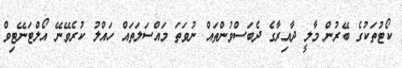
ކޯޓުތަކުގެ ބޭރުން މާލީ ދާއިރާގެ ދެބަސްވުންތައް ނުވަތަ މައްސަލަތައް ހައްލު ކުރެވޭނޭ އޯލްޓަނޭޓިވް